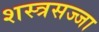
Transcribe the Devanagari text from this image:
शस्त्रसज्जा